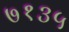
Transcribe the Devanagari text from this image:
७१३५